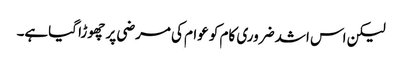
لیکن اس اشد ضروری کام کو عوام کی مرضی پر چھوڑا گیاہے۔